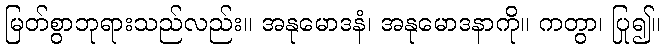
မြတ်စွာဘုရားသည်လည်း။ အနုမောဒနံ၊ အနုမောဒနာကို။ ကတွာ၊ ပြု၍။